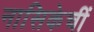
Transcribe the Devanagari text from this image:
नासिकेचीं